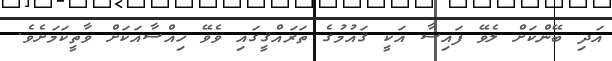
އަދި ބޭންކަށް ލެވޭ ފައިސާ އަކީ ޤައުމުގެ ތަރައްޤީގައި ވެވޭ ހިއްސާއަކަށް ވާތީކަމަށެވެ.